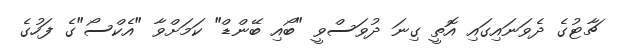
ޗާޓުގެ ދެވަނައިގައި އޮތީ ގިނަ ދުވަސްވީ "ބޯއި ބޭންޑް" ކަމަށްވާ "އެކްސޯ"ގެ ފަހުގެ